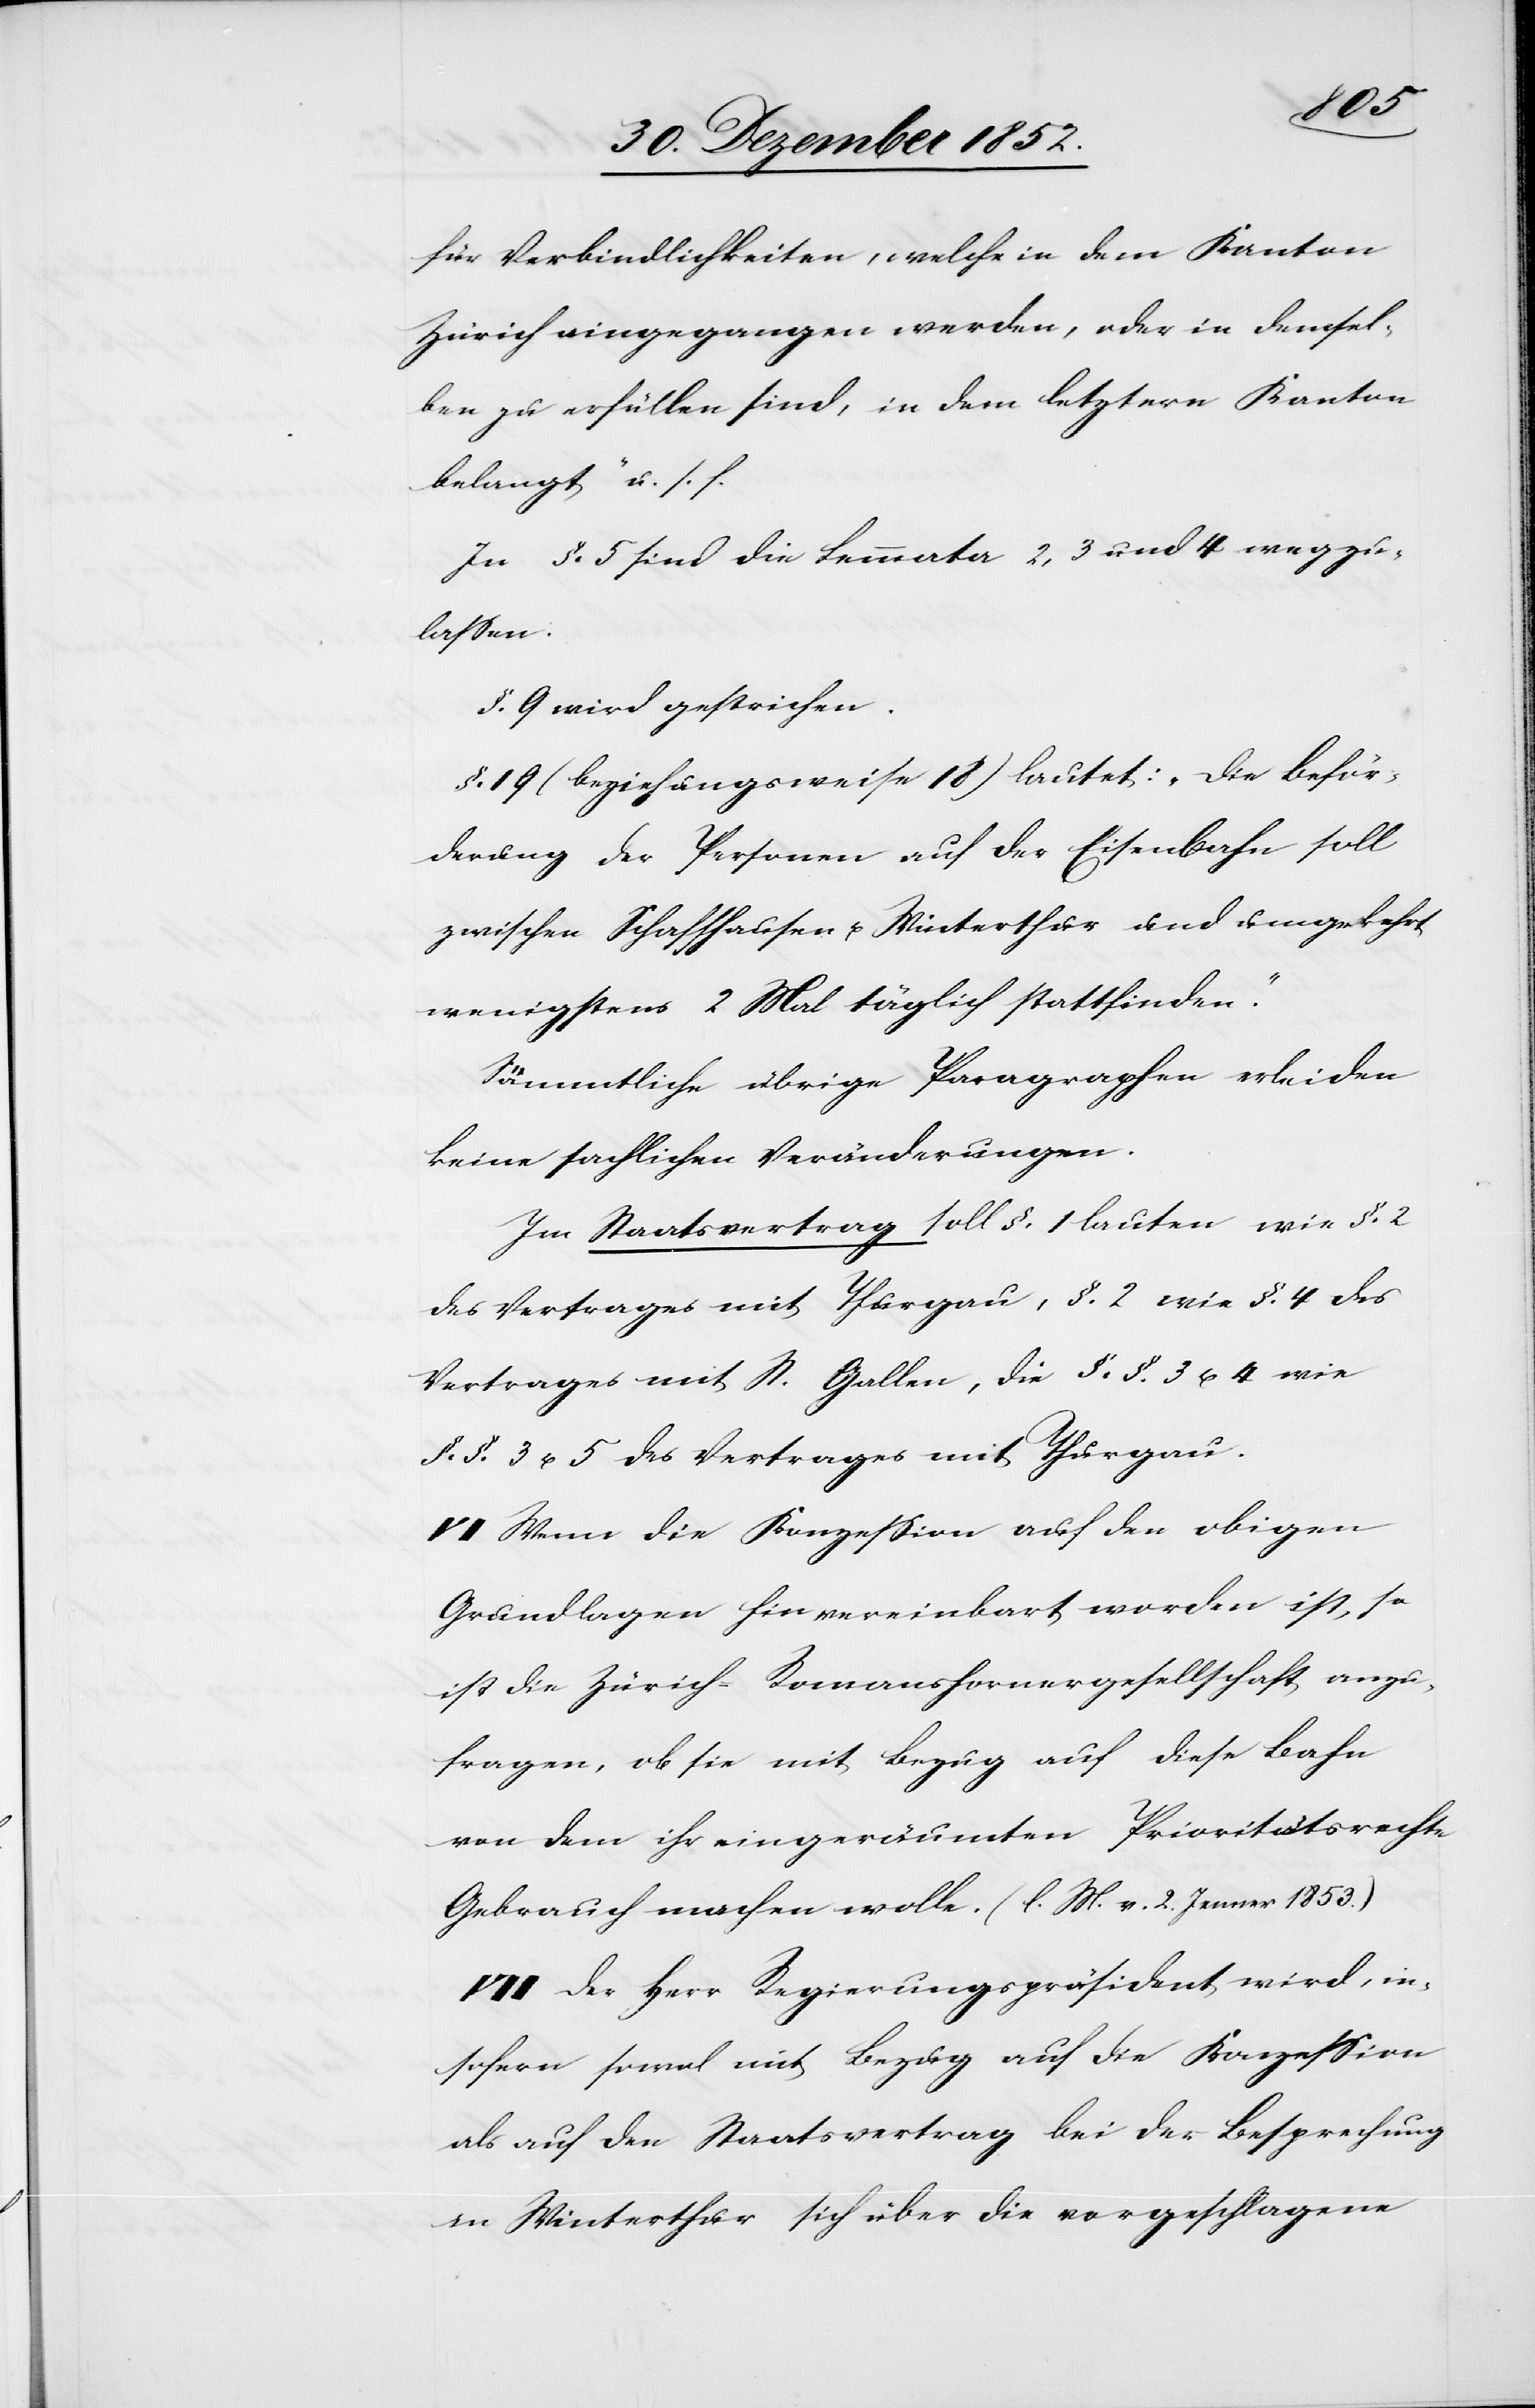
für Verbindlichkeiten, welche in dem Kanton
Zürich eingegangen werden, oder in demsel¬
ben zu erfüllen sind, in dem letztern Kanton
belangt“ u. s. f.
In §. 5 sind die Lemmata 2, 3 und 4 wegzu¬
lassen.
§. 9 wird gestrichen.
§. 19 (beziehungsweise 18) lautet: „Die Beför¬
derung der Personen auf der Eisenbahn soll
zwischen Schaffhausen u. Winterthur und umgekehrt
wenigstens 2 Mal täglich stattfinden.“
Sämmtliche übrige Paragraphen erleiden
keine sachlichen Veränderungen.
Im Staatsvertrag soll §. 1 lauten wie §. 2
des Vertrages mit Thurgau, §. 2 wie §. 4 des
Vertrages mit St. Gallen, die §.§. 3 u. 4 wie
§.§. 3 u. 5 des Vertrages mit Thurgau.
VI Wenn die Konzession auf den obigen
Grundlagen hin vereinbart worden ist, so
ist die Zürich-Romanshornergesellschaft anzu¬
fragen, ob sie mit Bezug auf diese Bahn
von dem ihr eingeräumten Prioritätsrechte
Gebrauch machen wolle. (l. M. v. 2. Jenner 1853.)
VII Der Herr Regierungspräsident wird, in¬
sofern sowol mit Bezug auf die Konzession
als auf den Staatsvertrag bei der Besprechung
in Winterthur sich über die vorgeschlagene